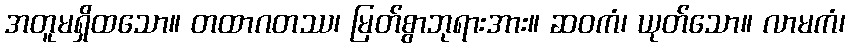
အတူမရှိထသော။ တထာဂတဿ၊ မြတ်စွာဘုရားအား။ ဆဝကံ၊ ယုတ်သော။ လာမကံ၊